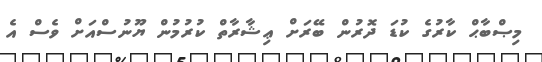
މިޞްބާޙް ކާރުގެ ކުޑަ ދޮރުން ބޭރަށް ޢިޝާރާތް ކުރުމުން ޔޫނުސްއަށް ވެސް އެ